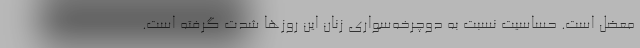
معضل است. حساسیت نسبت به دوچرخه‌سواری زنان این روزها شدت گرفته است.